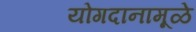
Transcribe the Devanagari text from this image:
योगदानामूळे